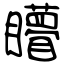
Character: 矒